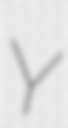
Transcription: Y